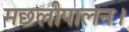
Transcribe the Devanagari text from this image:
मछलीपालन।